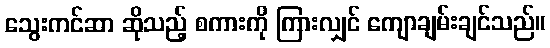
သွေးကင်ဆာ ဆိုသည့် စကားကို ကြားလျှင် ကျောချမ်းချင်သည်။